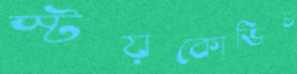
স্টয়কোভিচ